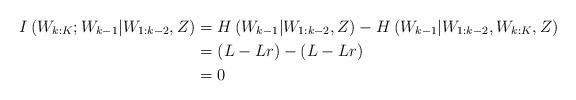
LaTeX: \begin{align*}I \left(W_{k:K}; W_{k-1}|W_{1:k-2}, Z \right)&=H\left(W_{k-1}|W_{1:k-2}, Z\right) -H\left(W_{k-1}|W_{1:k-2}, W_{k:K},Z\right) \\&=\left(L-Lr \right)-\left(L-Lr \right) \\&=0 \end{align*}